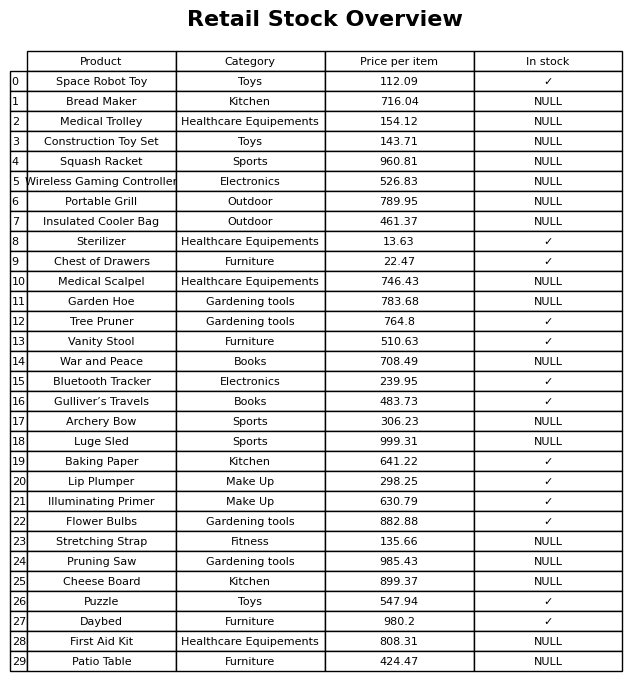
question: What is the price for Cheese Board?
answer: The price of Cheese Board is 899.37.